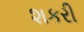
શકરી